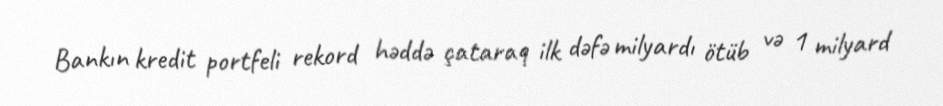
Bankın kredit portfeli rekord həddə çataraq ilk dəfə milyardı ötüb və 1 milyard